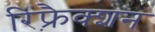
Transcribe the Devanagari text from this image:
रिफ़्रैक्शन